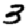
Digit: 3